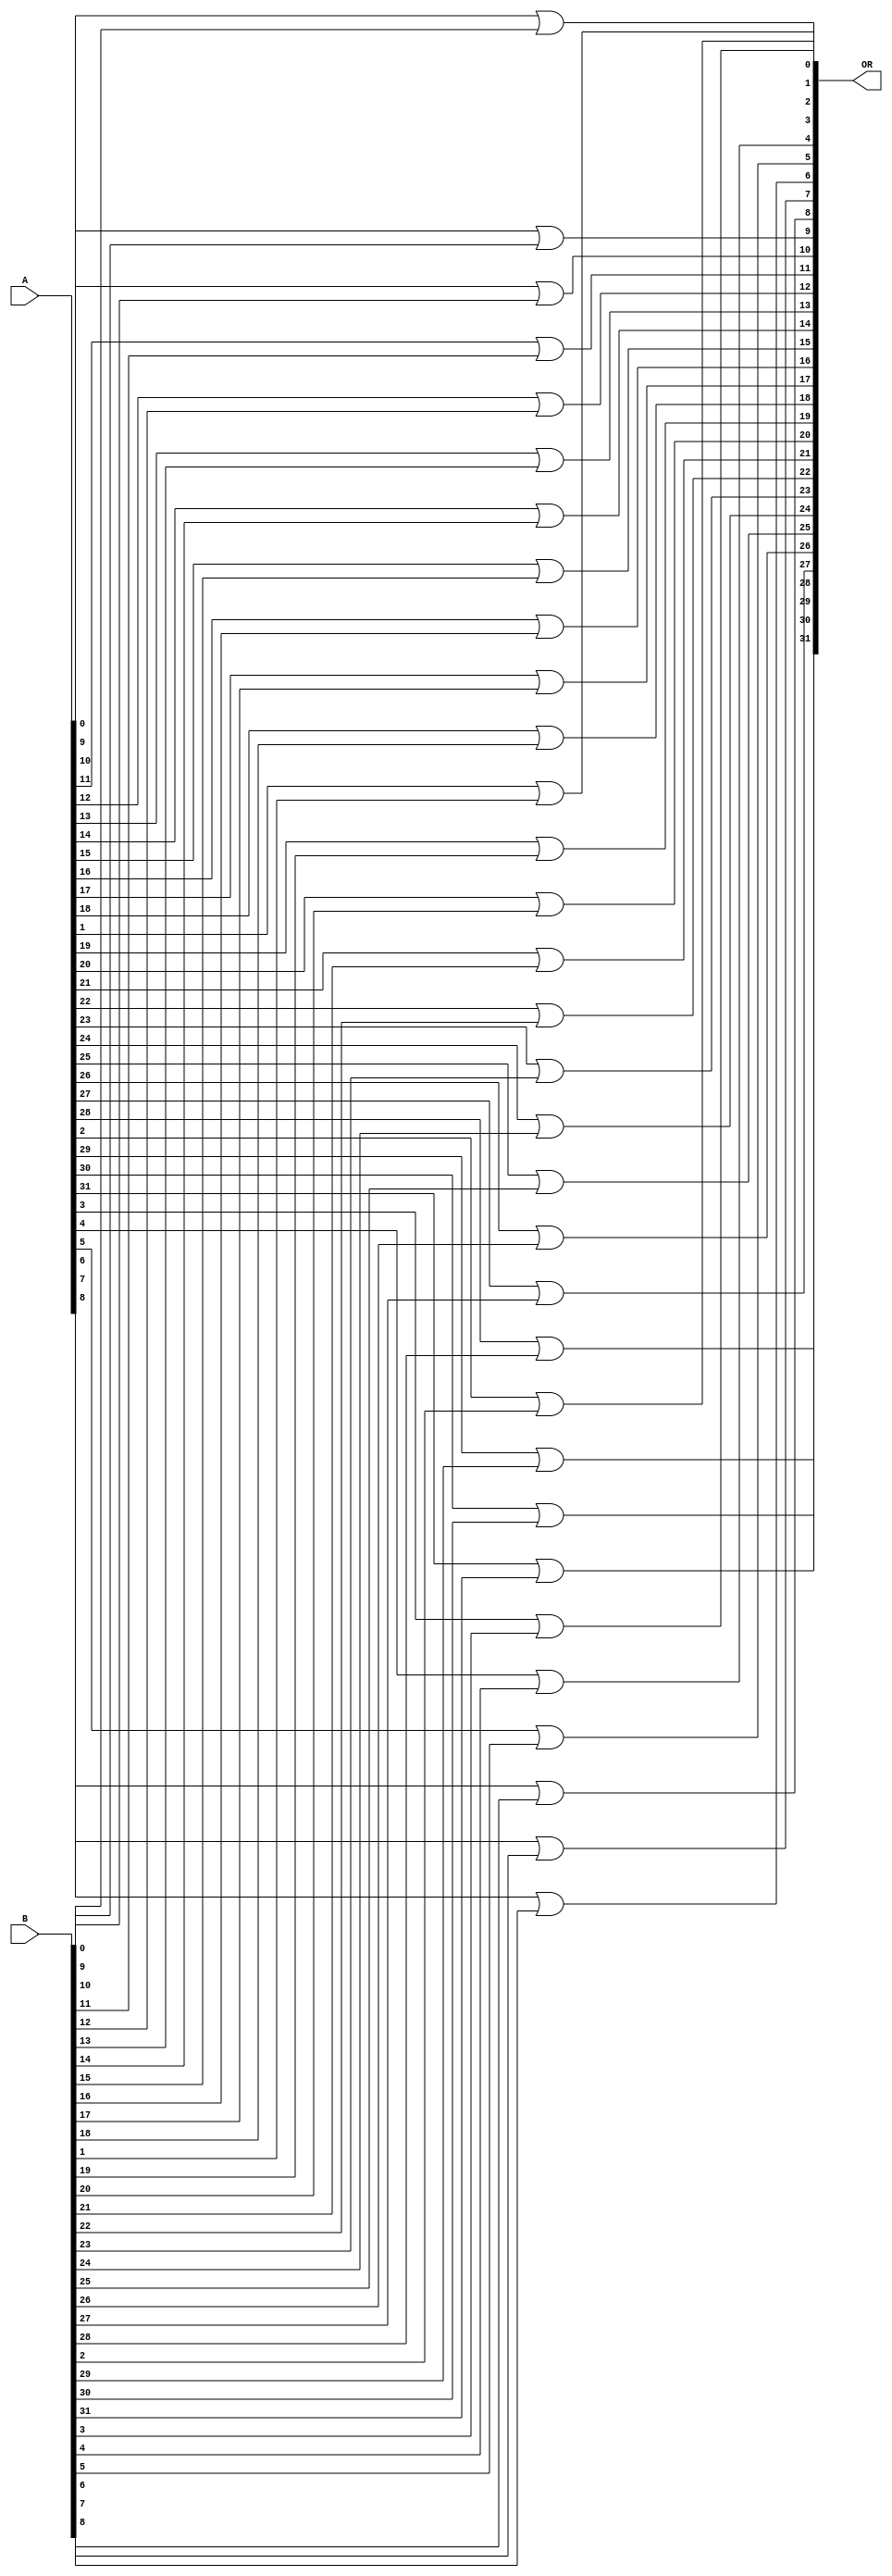
module OR #(parameter N=32)(A,B,OR);
input [N-1:0]A,B;
output [N-1:0]OR;
genvar i;
generate
for(i=0;i<N;i=i+1)begin

or DUT1(OR[i],A[i],B[i]);

end
endgenerate
endmodule